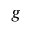
g